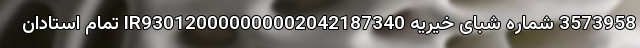
3573958 شماره شبای خیریه IR930120000000002042187340 تمام استادان